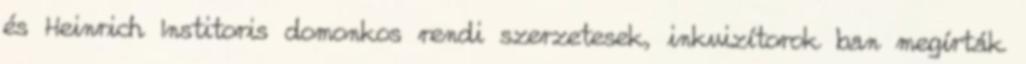
és Heinrich Institoris domonkos rendi szerzetesek, inkvizítorok ban megírták